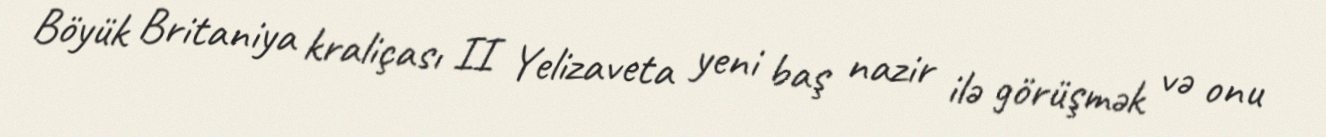
Böyük Britaniya kraliçası II Yelizaveta yeni baş nazir ilə görüşmək və onu